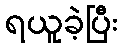
ရယူခဲ့ပြီး